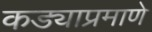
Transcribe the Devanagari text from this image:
कड्याप्रमाणे